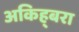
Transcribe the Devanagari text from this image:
अकिह्बरा